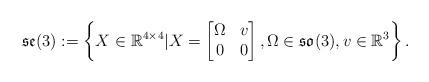
LaTeX: \begin{align*}\mathfrak{se}(3) &:= \left\{X \in \mathbb{R}^{4\times 4}| X= \begin{bmatrix}\Omega & v \\0 & 0\end{bmatrix}, \Omega \in \mathfrak{so}(3), v\in \mathbb{R}^3\right\}.\end{align*}